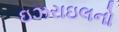
ઇઝરાઇલનો